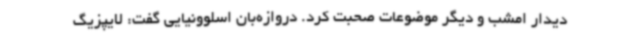
دیدار امشب و دیگر موضوعات صحبت کرد. دروازه‌بان اسلوونیایی گفت: لایپزیگ